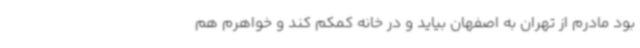
بود مادرم از تهران به اصفهان بیاید و در خانه کمکم کند و خواهرم هم